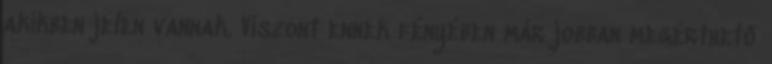
akikben jelen vannak. Viszont ennek fényében már jobban megérthető